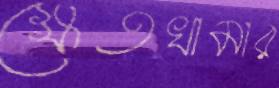
ক্ষেতখামার